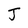
Character: J